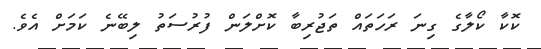
ކޮކާ ކޯލާގެ ގިނަ ރަހަތައް ތަޖުރިބާ ކޮށްލަން ފުރުސަތު ލިބޭނެ ކަމަށް އެވެ.